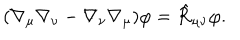
LaTeX: ( \nabla _ { \mu } \nabla _ { \nu } - \nabla _ { \nu } \nabla _ { \mu } ) \varphi = \hat { \cal R } _ { \mu \nu } \varphi .